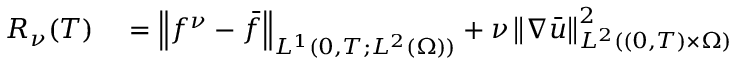
\begin{array} { r l } { R _ { \nu } ( T ) } & { { } = \left\lVert f ^ { \nu } - \bar { f } \right\rVert _ { L ^ { 1 } ( 0 , T ; L ^ { 2 } ( \Omega ) ) } + \nu \left\lVert \nabla \bar { u } \right\rVert _ { L ^ { 2 } ( ( 0 , T ) \times \Omega ) } ^ { 2 } } \end{array}